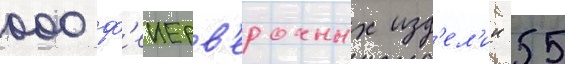
000 ф'еиерв'ерочных изд'ел'ии 55